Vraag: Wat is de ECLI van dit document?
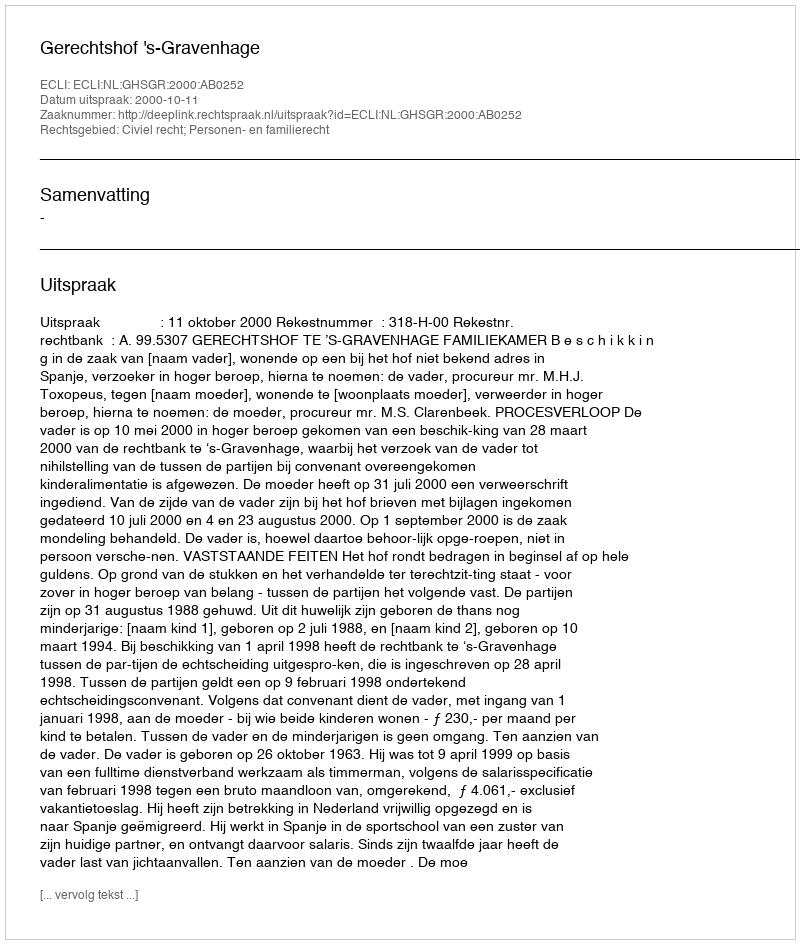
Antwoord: ECLI:NL:GHSGR:2000:AB0252